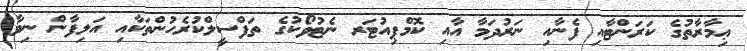
ޢިމާރާތުގެ ކަރަންޓާއި ފެނާއި ނަރުދަމާ އާއި ކޮމްޕިއުޓަރ ނެޓުވޯކުގެ ތަފްސީލްކުރެހުންތަކާއި އަލިފާން ނިވާ